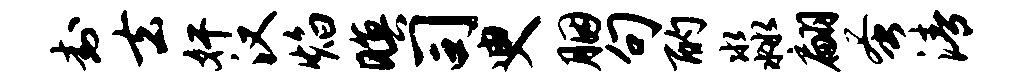
封去奸汉焰暝司臾胭句酌淼翩蚤清